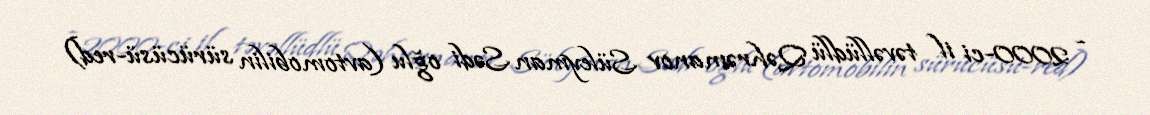
- 2000-ci il təvəllüdlü Qəhrəmanov Süleyman Sədi oğlu (avtomobilin sürücüsü-red)